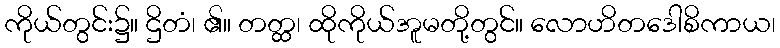
ကိုယ်တွင်း၌။ ဌိတံ၊ ၏။ တတ္ထ၊ ထိုကိုယ်အူမတို့တွင်။ လောဟိတဒေါစိကာယ၊